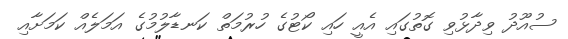
ސުއޫދު ވިދާޅުވި ގޮތުގައި އެއީ ހައި ކޯޓުގެ ހުރުމަތް ކަނޑާލުމުގެ އަމަލެއް ކަމަށާއި